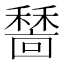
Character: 𥢺